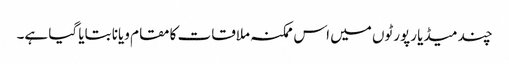
چند میڈیا رپورٹوں میں اس ممکنہ ملاقات کا مقام ویانا بتایا گیا ہے۔